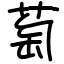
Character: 萄